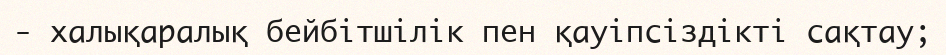
- халықаралық бейбітшілік пен қауіпсіздікті сақтау;